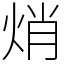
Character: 焇